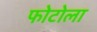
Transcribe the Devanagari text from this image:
फोटोला